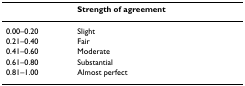
|  | Strength of agreement |
 | --- | --- |
 | 0.00–0.20 | Slight |
 | 0.21–0.40 | Fair |
 | 0.41–0.60 | Moderate |
 | 0.61–0.80 | Substantial |
 | 0.81–1.00 | Almost perfect |